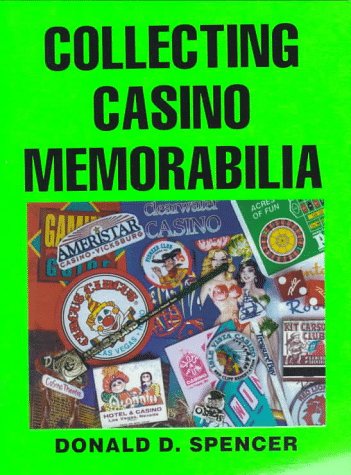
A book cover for Collecting Casino Memorabilia; Donald D. Spencer; Crafts, Hobbies & Home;